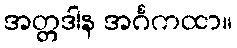
အတ္တဒါန အင်္ဂကထာ။